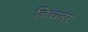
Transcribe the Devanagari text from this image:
बिचवर